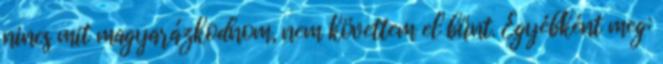
nincs mit magyarázkodnom, nem követtem el bűnt. Egyébként meg: